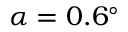
\alpha = 0 . 6 ^ { \circ }